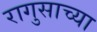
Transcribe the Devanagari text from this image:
रागुसाच्या